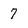
Character: 7